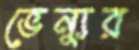
ভেন্যুর